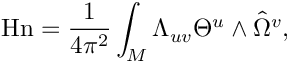
\mathrm { H n } = { \frac { 1 } { 4 \pi ^ { 2 } } } \int _ { M } \Lambda _ { u v } \Theta ^ { u } \wedge \hat { \Omega } ^ { v } ,